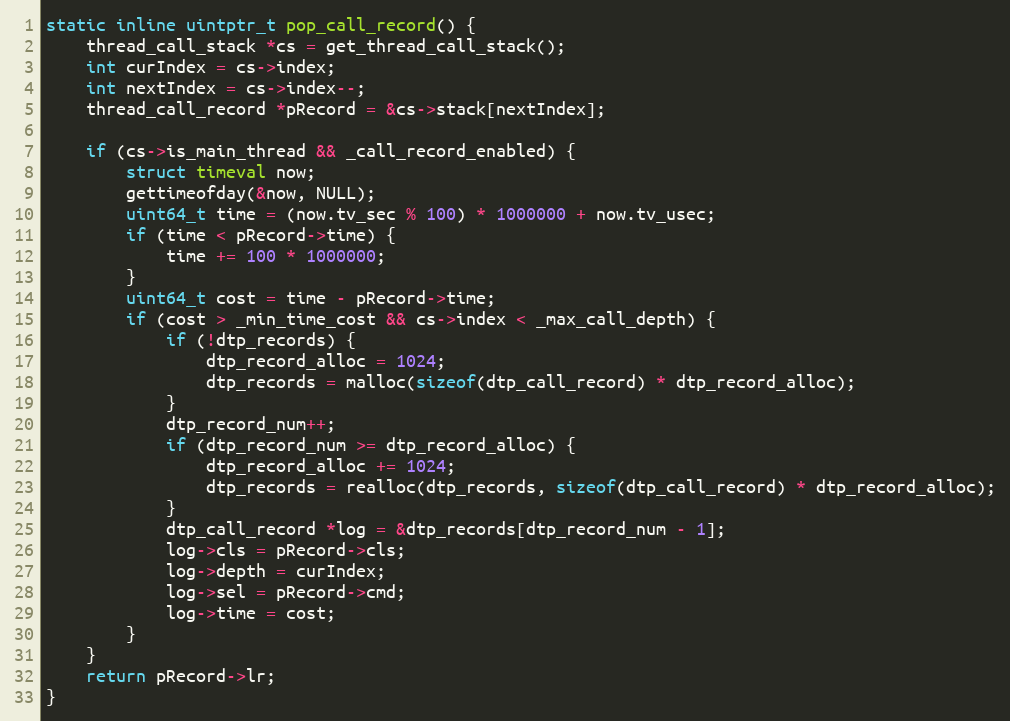
Language: C
static inline uintptr_t pop_call_record() {
    thread_call_stack *cs = get_thread_call_stack();
    int curIndex = cs->index;
    int nextIndex = cs->index--;
    thread_call_record *pRecord = &cs->stack[nextIndex];

    if (cs->is_main_thread && _call_record_enabled) {
        struct timeval now;
        gettimeofday(&now, NULL);
        uint64_t time = (now.tv_sec % 100) * 1000000 + now.tv_usec;
        if (time < pRecord->time) {
            time += 100 * 1000000;
        }
        uint64_t cost = time - pRecord->time;
        if (cost > _min_time_cost && cs->index < _max_call_depth) {
            if (!dtp_records) {
                dtp_record_alloc = 1024;
                dtp_records = malloc(sizeof(dtp_call_record) * dtp_record_alloc);
            }
            dtp_record_num++;
            if (dtp_record_num >= dtp_record_alloc) {
                dtp_record_alloc += 1024;
                dtp_records = realloc(dtp_records, sizeof(dtp_call_record) * dtp_record_alloc);
            }
            dtp_call_record *log = &dtp_records[dtp_record_num - 1];
            log->cls = pRecord->cls;
            log->depth = curIndex;
            log->sel = pRecord->cmd;
            log->time = cost;
        }
    }
    return pRecord->lr;
}